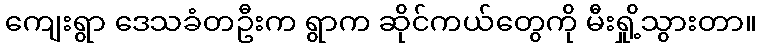
ကျေးရွာ ဒေသခံတဦးက ရွာက ဆိုင်ကယ်တွေကို မီးရှို့သွားတာ။